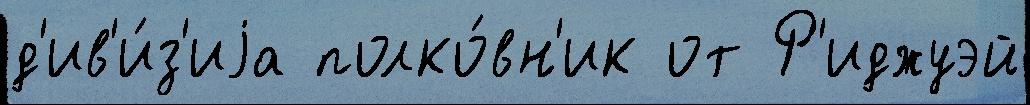
д'ив'и́з'иjа полко́вн'ик от Р'иджуэй